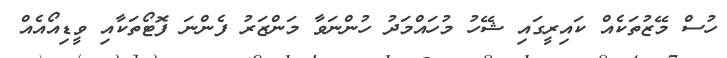
ހުސް މޭޒުތަކެއް ކައިރީގައި ޝޭހު މުހައްމަދު ހުންނަވާ މަންޒަރު ފެންނަ ފޮޓޯތަކާއި ވީޑިއޯއެއް